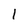
Character: 1